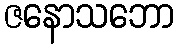
ဇနောသဘော